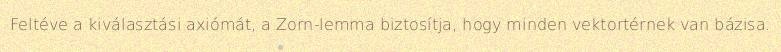
Feltéve a kiválasztási axiómát, a Zorn-lemma biztosítja, hogy minden vektortérnek van bázisa.